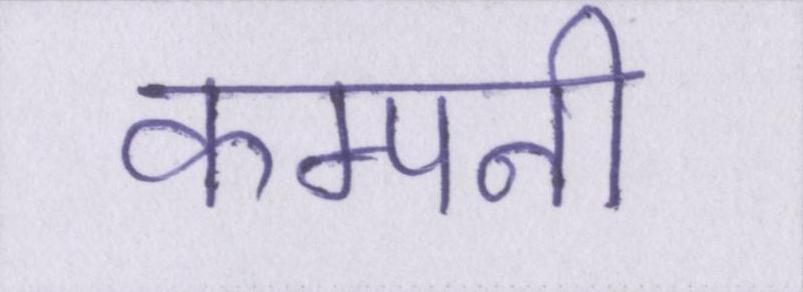
कम्पनी